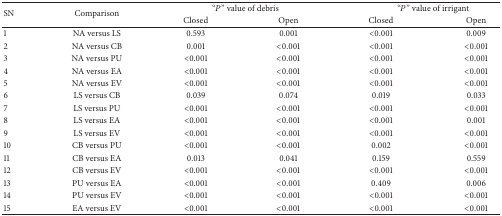
<table><thead><tr><td rowspan="2"><b>SN</b></td><td rowspan="2"><b>Comparison</b></td><td colspan="2"><b>“<i>P</i>” value of debris</b></td><td colspan="2"><b>“<i>P</i>” value of irrigant</b></td></tr><tr><td><b>Closed</b></td><td><b>Open</b></td><td><b>Closed</b></td><td><b>Open</b></td></tr></thead><tbody><tr><td>1</td><td>NA versus LS</td><td>0.593</td><td>0.001</td><td>&lt;0.001</td><td>0.009</td></tr><tr><td>2</td><td>NA versus CB</td><td>0.001</td><td>&lt;0.001</td><td>&lt;0.001</td><td>&lt;0.001</td></tr><tr><td>3</td><td>NA versus PU</td><td>&lt;0.001</td><td>&lt;0.001</td><td>&lt;0.001</td><td>&lt;0.001</td></tr><tr><td>4</td><td>NA versus EA</td><td>&lt;0.001</td><td>&lt;0.001</td><td>&lt;0.001</td><td>&lt;0.001</td></tr><tr><td>5</td><td>NA versus EV</td><td>&lt;0.001</td><td>&lt;0.001</td><td>&lt;0.001</td><td>&lt;0.001</td></tr><tr><td>6</td><td>LS versus CB</td><td>0.039</td><td>0.074</td><td>0.019</td><td>0.033</td></tr><tr><td>7</td><td>LS versus PU</td><td>&lt;0.001</td><td>&lt;0.001</td><td>&lt;0.001</td><td>&lt;0.001</td></tr><tr><td>8</td><td>LS versus EA</td><td>&lt;0.001</td><td>&lt;0.001</td><td>&lt;0.001</td><td>0.001</td></tr><tr><td>9</td><td>LS versus EV</td><td>&lt;0.001</td><td>&lt;0.001</td><td>&lt;0.001</td><td>&lt;0.001</td></tr><tr><td>10</td><td>CB versus PU</td><td>&lt;0.001</td><td>&lt;0.001</td><td>0.002</td><td>&lt;0.001</td></tr><tr><td>11</td><td>CB versus EA</td><td>0.013</td><td>0.041</td><td>0.159</td><td>0.559</td></tr><tr><td>12</td><td>CB versus EV</td><td>&lt;0.001</td><td>&lt;0.001</td><td>&lt;0.001</td><td>&lt;0.001</td></tr><tr><td>13</td><td>PU versus EA</td><td>&lt;0.001</td><td>&lt;0.001</td><td>0.409</td><td>0.006</td></tr><tr><td>14</td><td>PU versus EV</td><td>&lt;0.001</td><td>&lt;0.001</td><td>&lt;0.001</td><td>&lt;0.001</td></tr><tr><td>15</td><td>EA versus EV</td><td>&lt;0.001</td><td>&lt;0.001</td><td>&lt;0.001</td><td>&lt;0.001</td></tr></tbody></table>